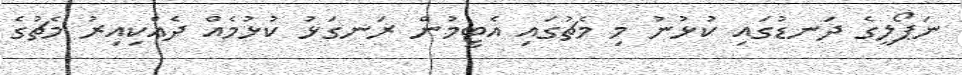
ނަޕޯލީގެ ދަނޑުގައި ކުޅުނު މި މެޗުގައި އެޓީމުން ރަނގަޅު ކުޅުމެއް ދެއްކިއިރު މެޗުގެ